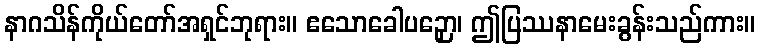
နာဂသိန်ကိုယ်တော်အရှင်ဘုရား။ ဧသောခေါပဉှော၊ ဤပြဿနာမေးခွန်းသည်ကား။